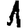
Digit: 1